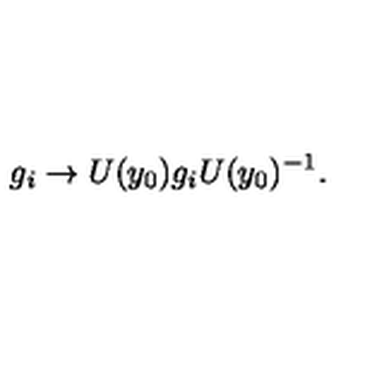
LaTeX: g _ { i } \rightarrow U ( y _ { 0 } ) g _ { i } U ( y _ { 0 } ) ^ { - 1 } .